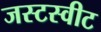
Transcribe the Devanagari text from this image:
जस्टस्वीट